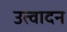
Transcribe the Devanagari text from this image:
उत्वादन